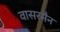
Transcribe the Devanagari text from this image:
वासरमैन